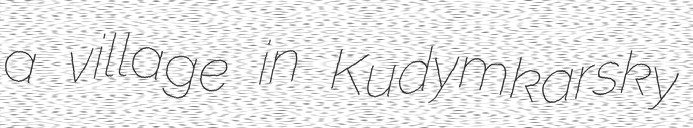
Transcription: a village in Kudymkarsky